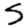
Digit: 5